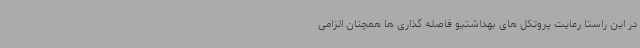
در این راستا رعایت پروتکل های بهداشتیو فاصله گذاری ها همچنان الزامی